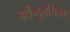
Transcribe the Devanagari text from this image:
अर्धेन्दुलसितम्